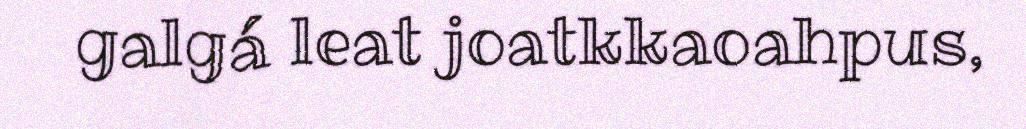
galgá leat joatkkaoahpus,